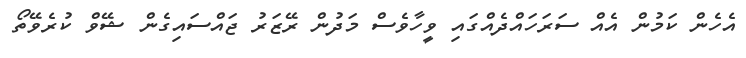
އެހެން ކަމުން އެއް ސަރަހައްދެއްގައި ވީހާވެސް މަދުން ރޭޒަރު ޖައްސައިގެން ޝޭވް ކުރެވޭތޯ